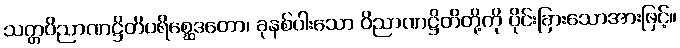
သတ္တဝိညာဏဋ္ဌိတိပရိစ္ဆေဒတော၊ ခုနစ်ပါးသော ဝိညာဏဋ္ဌိတိတို့ကို ပိုင်းခြားသောအားဖြင့်။